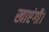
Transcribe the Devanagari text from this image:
खाएंगी।